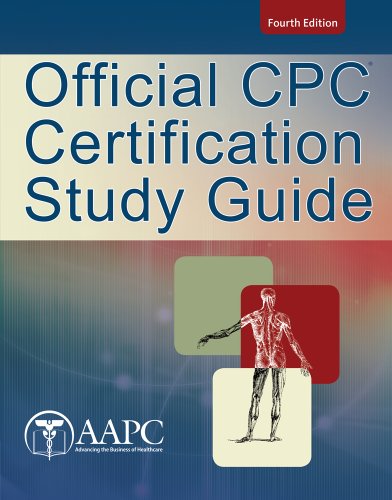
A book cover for Official CPC Certification Study Guide; American Academy of Professional Coders; Medical Books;